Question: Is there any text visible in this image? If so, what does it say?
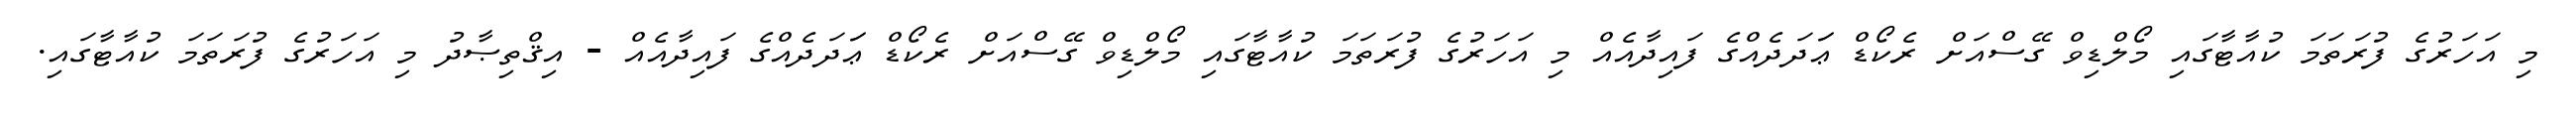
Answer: މި އަހަރުގެ ފުރަތަމަ ކުއާޓާގައި މޯލްޑިވް ގޭސްއަށް ރެކޯޑް ޢަަދަދެއްގެ ފައިދާއެއް މި އަހަރުގެ ފުރަތަމަ ކުއާޓާގައި މޯލްޑިވް ގޭސްއަށް ރެކޯޑް ޢަަދަދެއްގެ ފައިދާއެއް - އިޤްތިޞާދު މި އަހަރުގެ ފުރަތަމަ ކުއާޓާގައި.